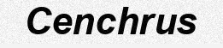
Cenchrus